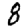
Digit: 8